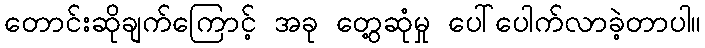
တောင်းဆိုချက်ကြောင့် အခု တွေ့ဆုံမှု ပေါ်ပေါက်လာခဲ့တာပါ။